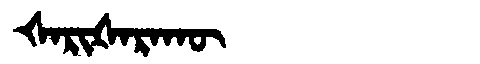
Manchu: ᡧᠠᡵᡳᡧᠠᡵᠠᡴᡡ
Romanization: ŠARIŠARAKŪ